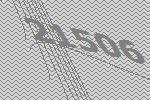
21506